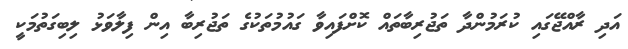
އަދި ރާއްޖޭގައި ކުރަމުންދާ ތަޖުރިބާތައް ކޮށްފައިވާ ގައުމުތަކުގެ ތަޖުރިބާ އިން ފިލާވަޅު ލިބިގަތުމަކީ